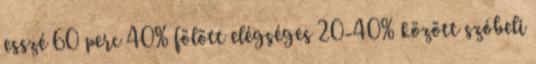
esszé 60 perc 40% fölött elégséges 20-40% között szóbeli